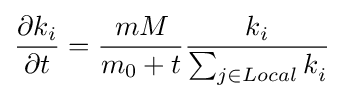
{\frac {\partial k_{i}}{\partial t}}={\frac {mM_{}}{m_{0}+t}}{\frac {k_{i}}{\sum _{j\in Local}k_{i}^{}}}